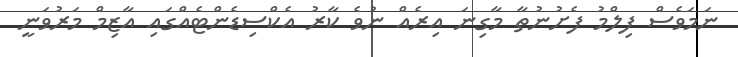
ނަމަވެސް ފިލްމު ފެށުނުތާ މާގިނަ އިރެއް ނުވެ ކާރު އެކްސިޑެންޓެއްގައި އާޒިމް މަރުވަނީ